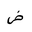
Letter: _dad